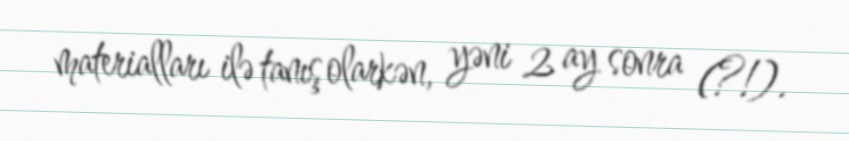
materialları ilə tanış olarkən, yəni 2 ay sonra (?!).